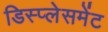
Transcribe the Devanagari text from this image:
डिस्प्लेसमेंट